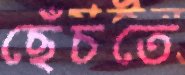
ছেঁচতে